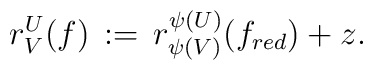
r^U_V (f) \, := \, r^{\psi(U)}_{\psi(V)}(f_{red}) + z.